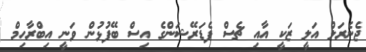
ޖެނެރަލް އަލީ ޒަކީ އާއި ޗެސް ފެޑަރޭޝަންގެ އިސް ބޭފުޅުން ވަނީ އިބްރާހިމް